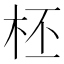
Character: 柸